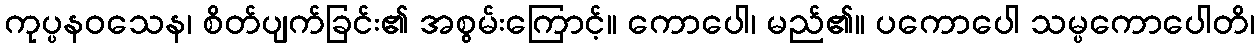
ကုပ္ပနဝသေန၊ စိတ်ပျက်ခြင်း၏ အစွမ်းကြောင့်။ ကောပေါ၊ မည်၏။ ပကောပေါ သမ္ပကောပေါတိ၊